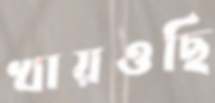
খায়ওছি